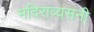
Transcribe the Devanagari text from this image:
मदिराव्यसनी